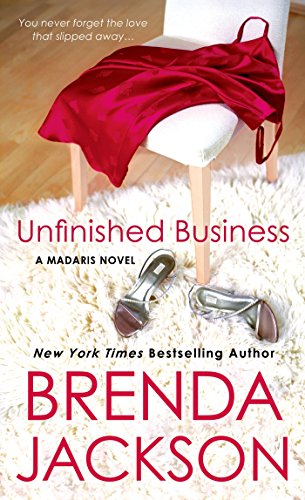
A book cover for Unfinished Business (Madaris Family Novels); Brenda Jackson; Romance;